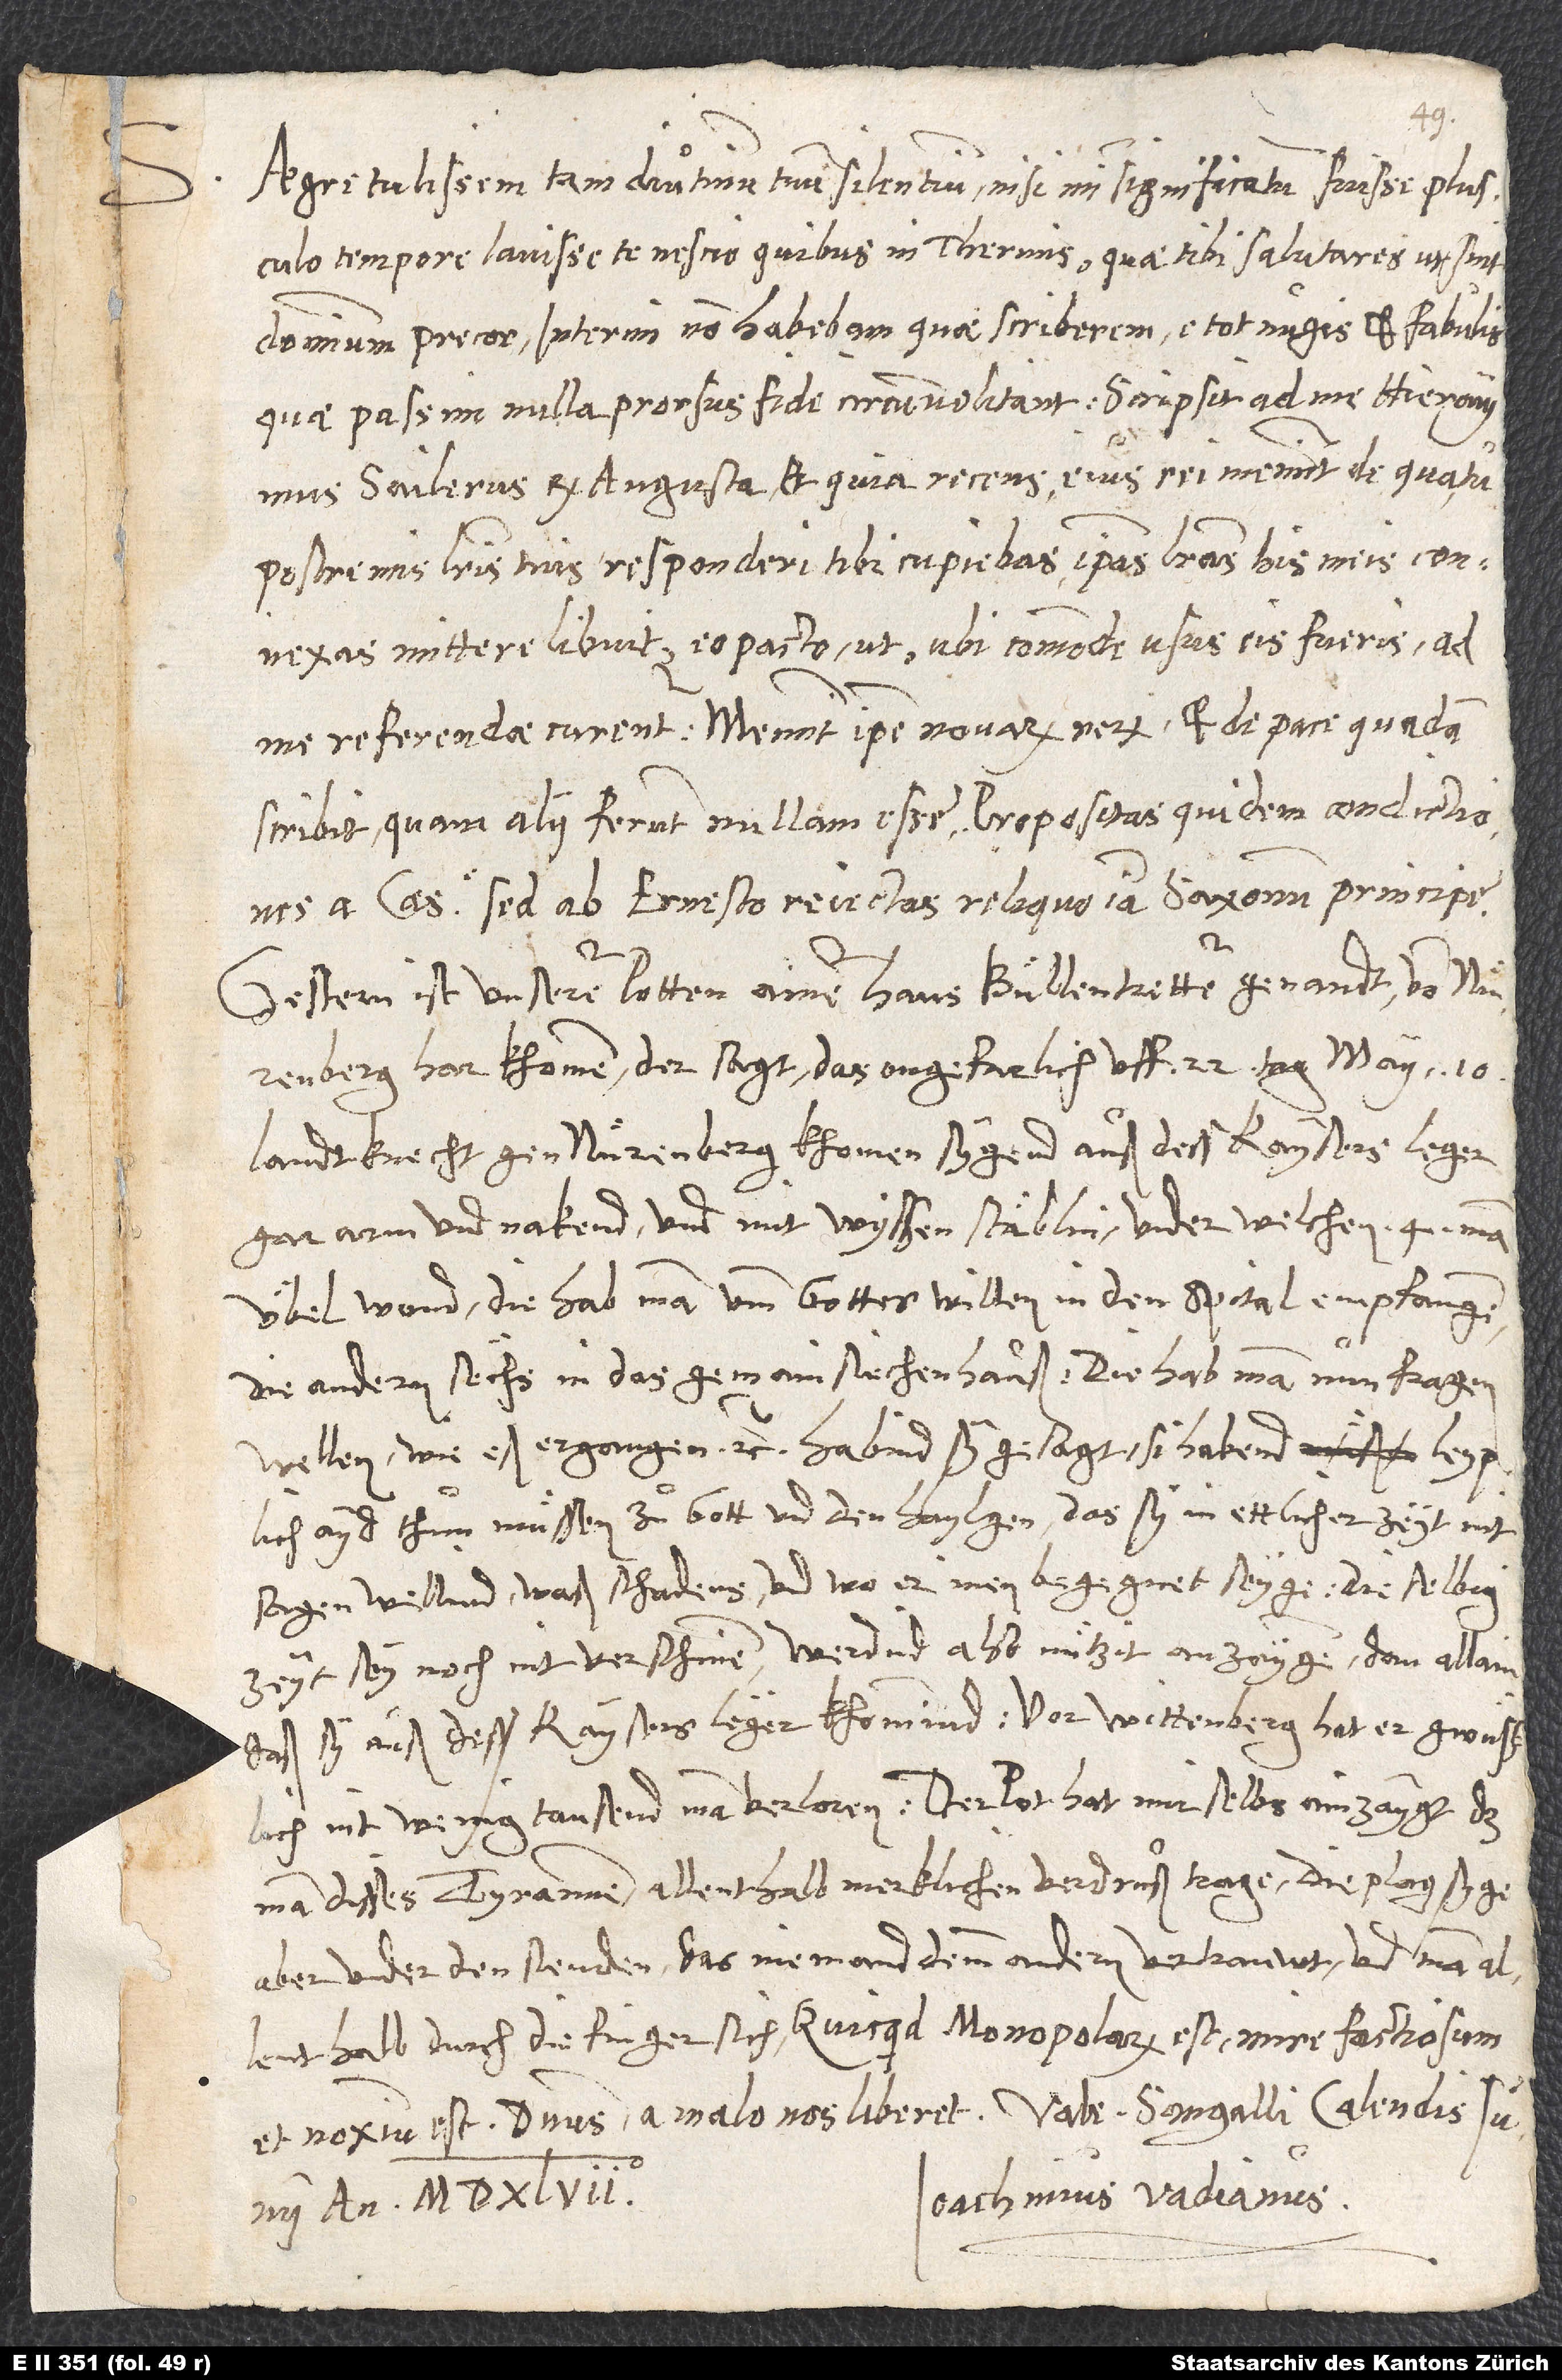
Aegre tulissem tam diutinum tuum silentium, nisi mihi significatum fuisset, plusculo
tempore lavisse te nescio quibus in thermis, quae tibi salutares ut sint,
dominum precor. Interim non habebam, quae scriberem e tot nugis et fabulis,
Sailerus ex Augusta, et quia recens eius rei meminit, de qua tu
postremis literis tuis responderi tibi cupiebas, ipsas literas his meis connexas
mittere libuit, eo pacto, ut, ubi commode usus eis fueris, ad
me referendae curentur. Meminit ipse novarum rerum et de pace quadam
scribit, quam alii ferunt nullam esse; propositas quidem conditiones
a caesare, sed ab Ernesto reiectas, reliquo iam Saxonum principe.
Gestern ist unserer potten ainer, Hans Buͤllentretter genandt, von
Nuͤrenberg har khomen. Der sagt, das ongefarlich uff 22. tag maii 10
landtknecht gen Nuͤrenberg khomen sygend auß dess kaysers leger,
gar arm und nakend und mit wyssen stäblin, under welchen 4 man
übel wond; die hab man umb gottes willen in den spital empfangen,
die andern sëchs in das gemain siechenhauß. Die hab man nun fragen
wellen, wie eß ergangen etc. Habend sy gesagt, si habend leyplich
ayd thuͦn muͤssen zuͦ gott und den haylgen, das sy in ettlicher zeyt nit
sagen wellind, waß schadens und wo er inen begegnet seyge. Die selbig
zeyt sey noch nit verschinen. Werdind also nützid anzaygen, dan allain
daß sy auß dess kaysers lëger khommind. Vor Wittenberg hat er gwüsslich
nit wenig tausend man verloren. Der pot hat mir selbs ainzaygt, das
man disses tyrannen allenthalb merklichen verdruß trage. Die plag syge
aber under den stenden, das niemand demm andern vertrauwt und man
allenthalb durch die finger sich. Quicquid monopolarum est, mire factiosum
Ioachimus Vadianus.
iunii, anno 1547.